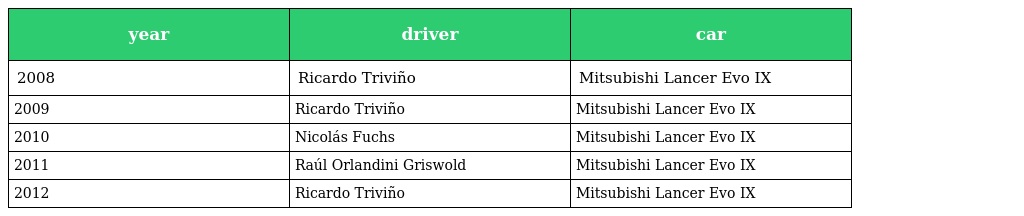
| year | driver | car |
 | --- | --- | --- |
 | 2008 | Ricardo Triviño | Mitsubishi Lancer Evo IX |
 | 2009 | Ricardo Triviño | Mitsubishi Lancer Evo IX |
 | 2010 | Nicolás Fuchs | Mitsubishi Lancer Evo IX |
 | 2011 | Raúl Orlandini Griswold | Mitsubishi Lancer Evo IX |
 | 2012 | Ricardo Triviño | Mitsubishi Lancer Evo IX |